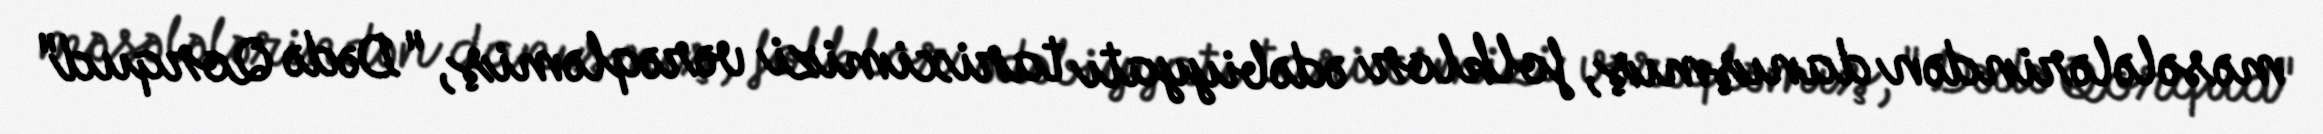
məsələlərindən danışmış, folklor ədəbiyyatı tariximizi vərəqləmiş, "Dədə Qorqud"